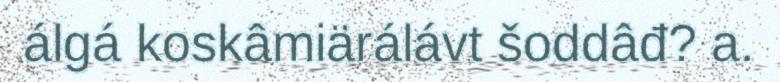
álgá koskâmiärálávt šoddâđ? a.